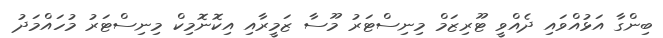
ބިންގާ އަޅުއްވައި ދެއްވީ ޓޫރިޒަމް މިނިސްޓަރު މޫސާ ޒަމީރާއި އިކޮނޮމިކް މިނިސްޓަރު މުހައްމަދު